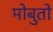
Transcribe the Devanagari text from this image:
मोबुतो